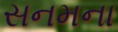
સનમના